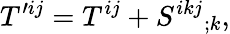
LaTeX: T^{\prime ij}=T^{ij}+S^{ikj}{}_{;k},